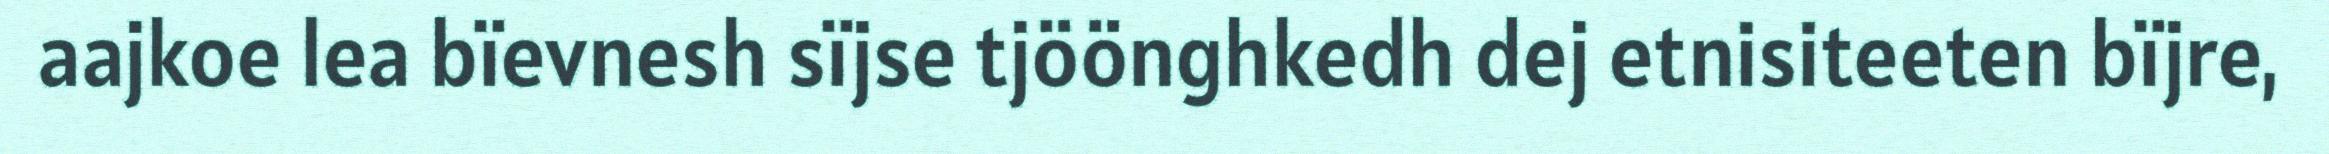
aajkoe lea bïevnesh sïjse tjöönghkedh dej etnisiteeten bïjre,